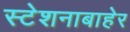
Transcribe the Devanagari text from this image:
स्टेशनाबाहेर